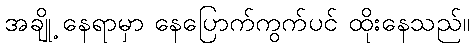
အချို့ နေရာမှာ နေပြောက်ကွက်ပင် ထိုးနေသည်။